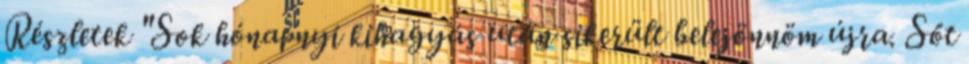
Részletek "Sok hónapnyi kihagyás után sikerült belejönnöm újra. Sőt